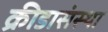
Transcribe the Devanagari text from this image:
क्रीडासंस्था